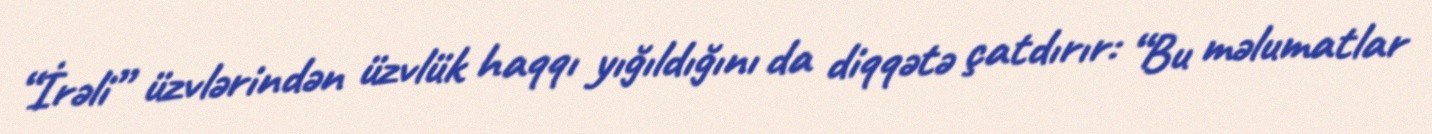
“İrəli” üzvlərindən üzvlük haqqı yığıldığını da diqqətə çatdırır: “Bu məlumatlar